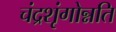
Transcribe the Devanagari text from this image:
चंद्रशृंगोन्नति